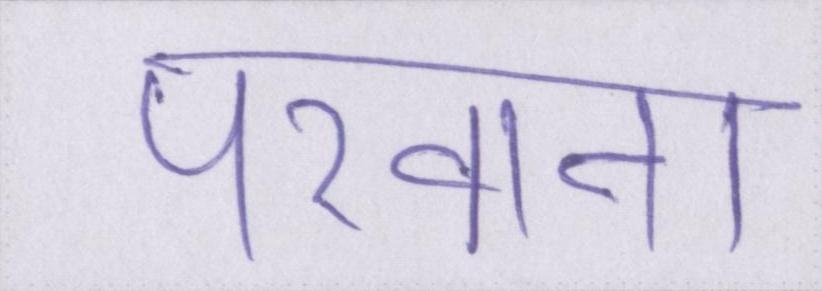
परवाना